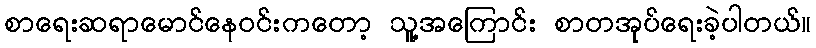
စာရေးဆရာမောင်နေဝင်းကတော့ သူ့အကြောင်း စာတအုပ်ရေးခဲ့ပါတယ်။